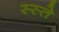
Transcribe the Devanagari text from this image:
स्स्ते